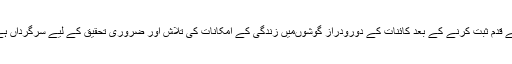
دنیا چاند پہ اپنے قدم ثبت کرنے کے بعد کائنات کے دورودراز گوشوںمیں زندگی کے امکانات کی تلاش اور ضروری تحقیق کے لیے سرگرداں ہے، یہ کون ہیں؟